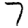
Digit: 7